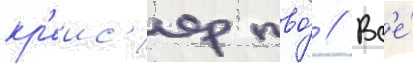
кр'еис'ер пво́ // Вс'е́